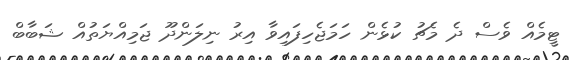
ޓީމެއް ވެސް ދެ މެޗު ކުޅެން ހަމަޖެހިފައިވާ އިރު ނިލަންދޫ ޖަމިއްޔަތުއް ޝަބާބް